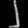
Digit: ၂